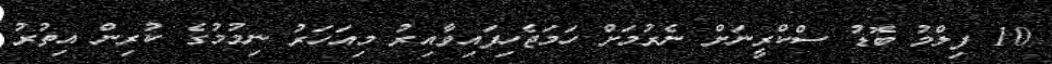
10 ފިލްމު ބޮޑު ސްކްރީނަށް ނެރުމަށް ހަމަޖެހިފައިވާއިރު މިއަހަރު ނިމުމުގެ ކުރިން އިތުރު